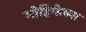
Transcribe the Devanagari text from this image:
मोहिमेतला